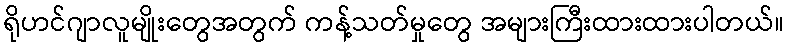
ရိုဟင်ဂျာလူမျိုးတွေအတွက် ကန့်သတ်မှုတွေ အများကြီးထားထားပါတယ်။